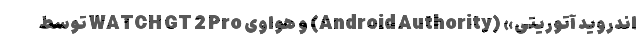
اندروید آتوریتی» (Android Authority) و هواوی WATCH GT 2 Pro توسط